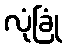
လုံခြုံ